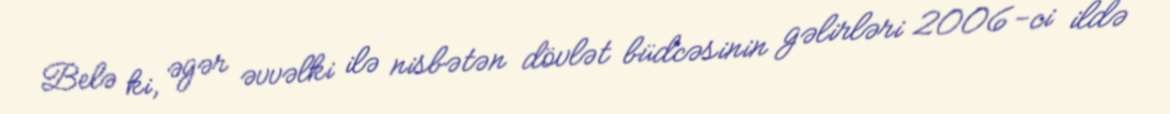
Belə ki, əgər əvvəlki ilə nisbətən dövlət büdcəsinin gəlirləri 2006-ci ildə